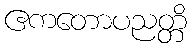
ဧကတောပညတ္တိ